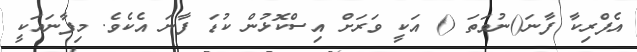
އެފްރިކާ ފާނަ()ނުވަތަ () އަކީ ވަރަށް އިސްކޮޅުން ކުޑަ ފާނަ އެކެވެ. މިފާނައަކީ